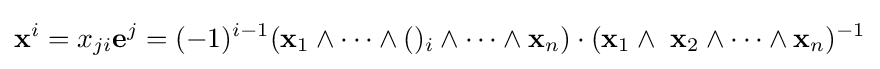
\mathbf {x} ^{i}=x_{ji}\mathbf {e} ^{j}=(-1)^{i-1}(\mathbf {x} _{1}\wedge \cdots \wedge ()_{i}\wedge \cdots \wedge \mathbf {x} _{n})\cdot (\mathbf {x} _{1}\wedge \ \mathbf {x} _{2}\wedge \cdots \wedge \mathbf {x} _{n})^{-1}